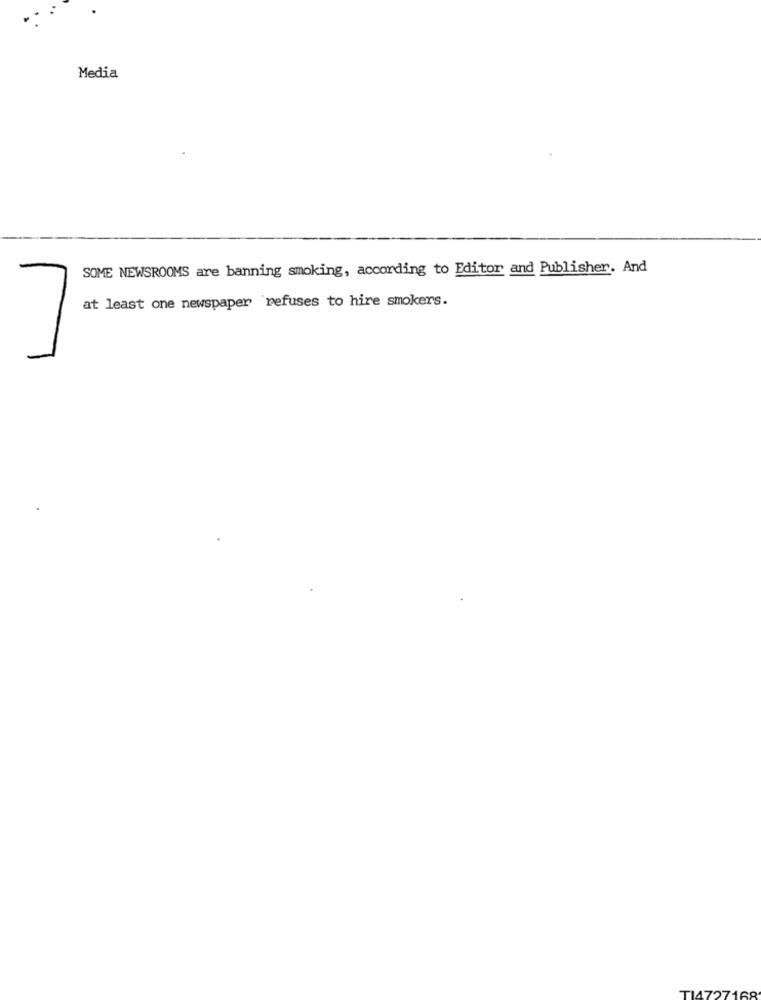
Media
SOME NEWSROOMS are banning smoking, according to Editor and Publisher. And
at least one newspaper refuses to hire smokers.
TI4727168